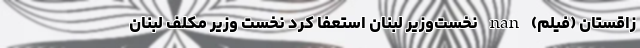
زاقستان (فیلم) nan نخست‌وزیر لبنان استعفا کرد نخست وزیر مکلف لبنان